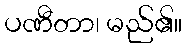
ပဏီတာ၊ မည်၏။